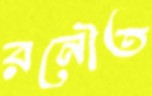
রনৌত